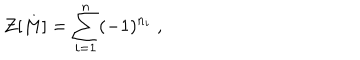
{ \cal Z } [ M ] = \sum _ { i = 1 } ^ { n } ( - 1 ) ^ { n _ { i } } \; ,